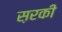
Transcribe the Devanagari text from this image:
स़रकी